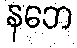
နဘေ